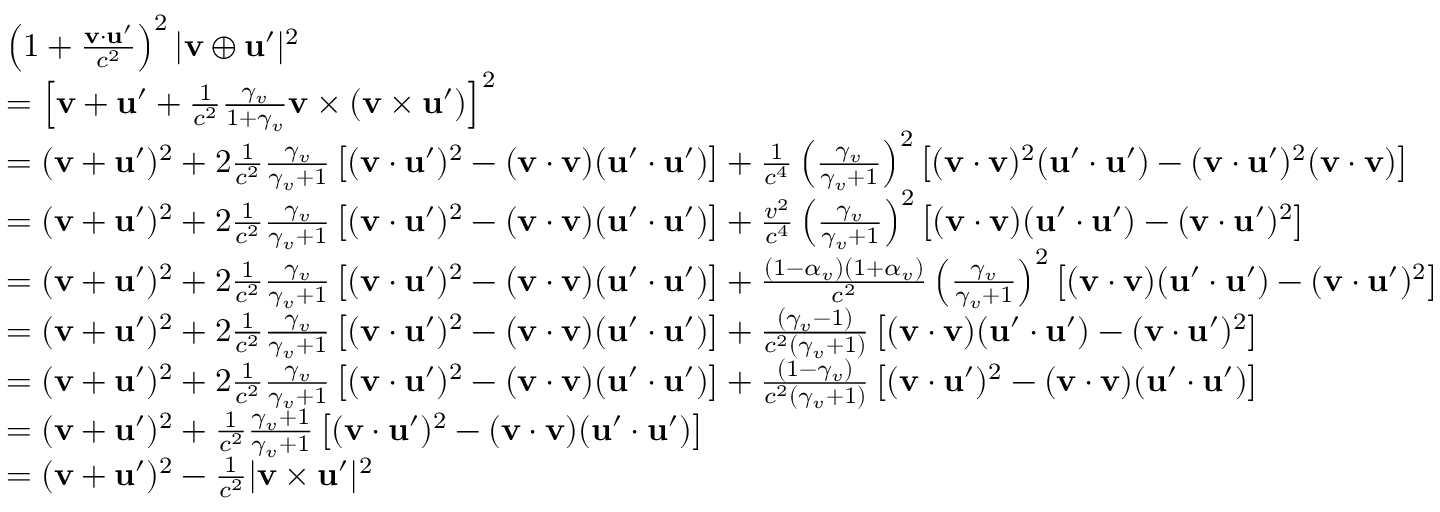
{ \begin{array} { r l } & { \left( 1 + { \frac { \mathbf { v } \cdot \mathbf { u } ^ { \prime } } { c ^ { 2 } } } \right) ^ { 2 } | \mathbf { v } \oplus \mathbf { u } ^ { \prime } | ^ { 2 } } \\ & { = \left[ \mathbf { v } + \mathbf { u } ^ { \prime } + { \frac { 1 } { c ^ { 2 } } } { \frac { \gamma _ { v } } { 1 + \gamma _ { v } } } \mathbf { v } \times ( \mathbf { v } \times \mathbf { u } ^ { \prime } ) \right] ^ { 2 } } \\ & { = ( \mathbf { v } + \mathbf { u } ^ { \prime } ) ^ { 2 } + 2 { \frac { 1 } { c ^ { 2 } } } { \frac { \gamma _ { v } } { \gamma _ { v } + 1 } } \left[ ( \mathbf { v } \cdot \mathbf { u } ^ { \prime } ) ^ { 2 } - ( \mathbf { v } \cdot \mathbf { v } ) ( \mathbf { u } ^ { \prime } \cdot \mathbf { u } ^ { \prime } ) \right] + { \frac { 1 } { c ^ { 4 } } } \left( { \frac { \gamma _ { v } } { \gamma _ { v } + 1 } } \right) ^ { 2 } \left[ ( \mathbf { v } \cdot \mathbf { v } ) ^ { 2 } ( \mathbf { u } ^ { \prime } \cdot \mathbf { u } ^ { \prime } ) - ( \mathbf { v } \cdot \mathbf { u } ^ { \prime } ) ^ { 2 } ( \mathbf { v } \cdot \mathbf { v } ) \right] } \\ & { = ( \mathbf { v } + \mathbf { u } ^ { \prime } ) ^ { 2 } + 2 { \frac { 1 } { c ^ { 2 } } } { \frac { \gamma _ { v } } { \gamma _ { v } + 1 } } \left[ ( \mathbf { v } \cdot \mathbf { u } ^ { \prime } ) ^ { 2 } - ( \mathbf { v } \cdot \mathbf { v } ) ( \mathbf { u } ^ { \prime } \cdot \mathbf { u } ^ { \prime } ) \right] + { \frac { v ^ { 2 } } { c ^ { 4 } } } \left( { \frac { \gamma _ { v } } { \gamma _ { v } + 1 } } \right) ^ { 2 } \left[ ( \mathbf { v } \cdot \mathbf { v } ) ( \mathbf { u } ^ { \prime } \cdot \mathbf { u } ^ { \prime } ) - ( \mathbf { v } \cdot \mathbf { u } ^ { \prime } ) ^ { 2 } \right] } \\ & { = ( \mathbf { v } + \mathbf { u } ^ { \prime } ) ^ { 2 } + 2 { \frac { 1 } { c ^ { 2 } } } { \frac { \gamma _ { v } } { \gamma _ { v } + 1 } } \left[ ( \mathbf { v } \cdot \mathbf { u } ^ { \prime } ) ^ { 2 } - ( \mathbf { v } \cdot \mathbf { v } ) ( \mathbf { u } ^ { \prime } \cdot \mathbf { u } ^ { \prime } ) \right] + { \frac { ( 1 - \alpha _ { v } ) ( 1 + \alpha _ { v } ) } { c ^ { 2 } } } \left( { \frac { \gamma _ { v } } { \gamma _ { v } + 1 } } \right) ^ { 2 } \left[ ( \mathbf { v } \cdot \mathbf { v } ) ( \mathbf { u } ^ { \prime } \cdot \mathbf { u } ^ { \prime } ) - ( \mathbf { v } \cdot \mathbf { u } ^ { \prime } ) ^ { 2 } \right] } \\ & { = ( \mathbf { v } + \mathbf { u } ^ { \prime } ) ^ { 2 } + 2 { \frac { 1 } { c ^ { 2 } } } { \frac { \gamma _ { v } } { \gamma _ { v } + 1 } } \left[ ( \mathbf { v } \cdot \mathbf { u } ^ { \prime } ) ^ { 2 } - ( \mathbf { v } \cdot \mathbf { v } ) ( \mathbf { u } ^ { \prime } \cdot \mathbf { u } ^ { \prime } ) \right] + { \frac { ( \gamma _ { v } - 1 ) } { c ^ { 2 } ( \gamma _ { v } + 1 ) } } \left[ ( \mathbf { v } \cdot \mathbf { v } ) ( \mathbf { u } ^ { \prime } \cdot \mathbf { u } ^ { \prime } ) - ( \mathbf { v } \cdot \mathbf { u } ^ { \prime } ) ^ { 2 } \right] } \\ & { = ( \mathbf { v } + \mathbf { u } ^ { \prime } ) ^ { 2 } + 2 { \frac { 1 } { c ^ { 2 } } } { \frac { \gamma _ { v } } { \gamma _ { v } + 1 } } \left[ ( \mathbf { v } \cdot \mathbf { u } ^ { \prime } ) ^ { 2 } - ( \mathbf { v } \cdot \mathbf { v } ) ( \mathbf { u } ^ { \prime } \cdot \mathbf { u } ^ { \prime } ) \right] + { \frac { ( 1 - \gamma _ { v } ) } { c ^ { 2 } ( \gamma _ { v } + 1 ) } } \left[ ( \mathbf { v } \cdot \mathbf { u } ^ { \prime } ) ^ { 2 } - ( \mathbf { v } \cdot \mathbf { v } ) ( \mathbf { u } ^ { \prime } \cdot \mathbf { u } ^ { \prime } ) \right] } \\ & { = ( \mathbf { v } + \mathbf { u } ^ { \prime } ) ^ { 2 } + { \frac { 1 } { c ^ { 2 } } } { \frac { \gamma _ { v } + 1 } { \gamma _ { v } + 1 } } \left[ ( \mathbf { v } \cdot \mathbf { u } ^ { \prime } ) ^ { 2 } - ( \mathbf { v } \cdot \mathbf { v } ) ( \mathbf { u } ^ { \prime } \cdot \mathbf { u } ^ { \prime } ) \right] } \\ & { = ( \mathbf { v } + \mathbf { u } ^ { \prime } ) ^ { 2 } - { \frac { 1 } { c ^ { 2 } } } | \mathbf { v } \times \mathbf { u } ^ { \prime } | ^ { 2 } } \end{array} }